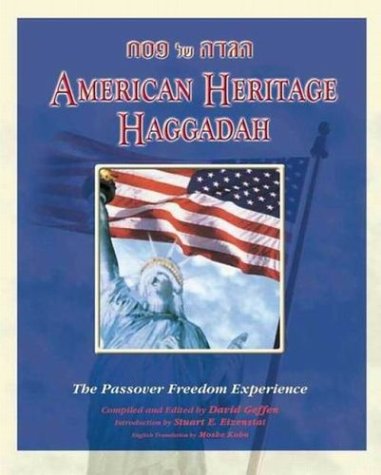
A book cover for American Heritage Haggadah: The Passover Experience; Religion & Spirituality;